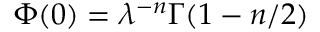
\Phi ( 0 ) = \lambda ^ { - n } \Gamma ( 1 - n / 2 )